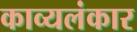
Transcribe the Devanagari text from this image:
काव्यलंकार